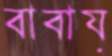
বাবায়